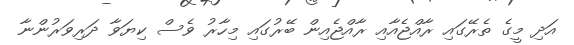
އަދި މީގެ ތެރޭގައި ރާއްޖެއާއި ރާއްޖެއިން ބޭރުގައި މިހާރު ވެސް ކިޔަވާ ދަރިވަރުންނާ